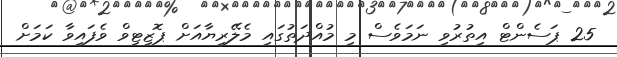
25 ޕަސެންޓް އިތުރުވި ނަމަވެސް މި މުއްދަތުގައި މެލޭރިޔާއަށް ޕޮޒިޓިވް ވެފައިވާ ކަމަށް